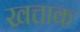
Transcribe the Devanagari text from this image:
खत्ताक